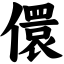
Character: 儇